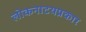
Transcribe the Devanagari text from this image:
लोकनाटयप्रकार